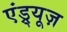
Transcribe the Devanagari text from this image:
एंड्र्यूज़